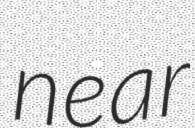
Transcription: near